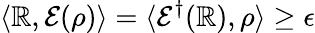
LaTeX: \langle\mathbb{R},{\mathcal{{E}}}(\rho)\rangle=\langle{\mathcal{{E}}}^{\dagger}(\mathbb{R}),\rho\rangle\geq\epsilon